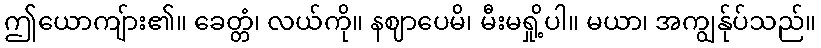
ဤယောကျ်ား၏။ ခေတ္တံ၊ လယ်ကို။ နဈာပေမိ၊ မီးမရှို့ပါ။ မယာ၊ အကျွန်ုပ်သည်။